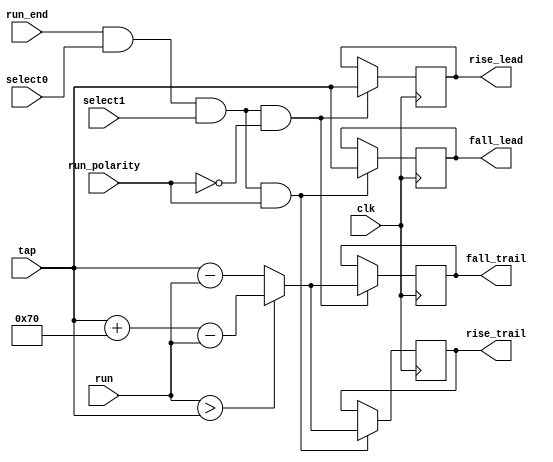
module mig_7series_v4_0_poc_edge_store #
  (parameter TCQ                        = 100,
   parameter TAPCNTRWIDTH               = 7,
   parameter TAPSPERKCLK                = 112)
  (/*AUTOARG*/
  // Outputs
  fall_lead, fall_trail, rise_lead, rise_trail,
  // Inputs
  clk, run_polarity, run_end, select0, select1, tap, run
  );
  
  input clk;

  input run_polarity;
  input run_end;
  input select0;
  input select1;
  input [TAPCNTRWIDTH-1:0] tap;
  input [TAPCNTRWIDTH-1:0] run;

  wire [TAPCNTRWIDTH:0] trailing_edge = run > tap ? tap + TAPSPERKCLK[TAPCNTRWIDTH-1:0] - run
                                                  : tap - run;

  wire run_end_this = run_end && select0 && select1;

  reg [TAPCNTRWIDTH-1:0] fall_lead_r, fall_trail_r, rise_lead_r, rise_trail_r;
  output [TAPCNTRWIDTH-1:0] fall_lead, fall_trail, rise_lead, rise_trail;
  assign fall_lead = fall_lead_r;
  assign fall_trail = fall_trail_r;
  assign rise_lead = rise_lead_r;
  assign rise_trail = rise_trail_r;
  
  wire [TAPCNTRWIDTH-1:0] fall_lead_ns = run_end_this & run_polarity ? tap : fall_lead_r;
  wire [TAPCNTRWIDTH-1:0] rise_trail_ns = run_end_this & run_polarity ? trailing_edge[TAPCNTRWIDTH-1:0]
                                                                      : rise_trail_r;
  wire [TAPCNTRWIDTH-1:0] rise_lead_ns = run_end_this & ~run_polarity ? tap : rise_lead_r;
  wire [TAPCNTRWIDTH-1:0] fall_trail_ns = run_end_this & ~run_polarity ? trailing_edge[TAPCNTRWIDTH-1:0]
                                                                       : fall_trail_r;
     
  always @(posedge clk) fall_lead_r <= #TCQ fall_lead_ns;
  always @(posedge clk) fall_trail_r <= #TCQ fall_trail_ns;
  always @(posedge clk) rise_lead_r <= #TCQ rise_lead_ns;
  always @(posedge clk) rise_trail_r <= #TCQ rise_trail_ns;
  
endmodule